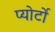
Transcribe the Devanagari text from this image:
प्योर्टो